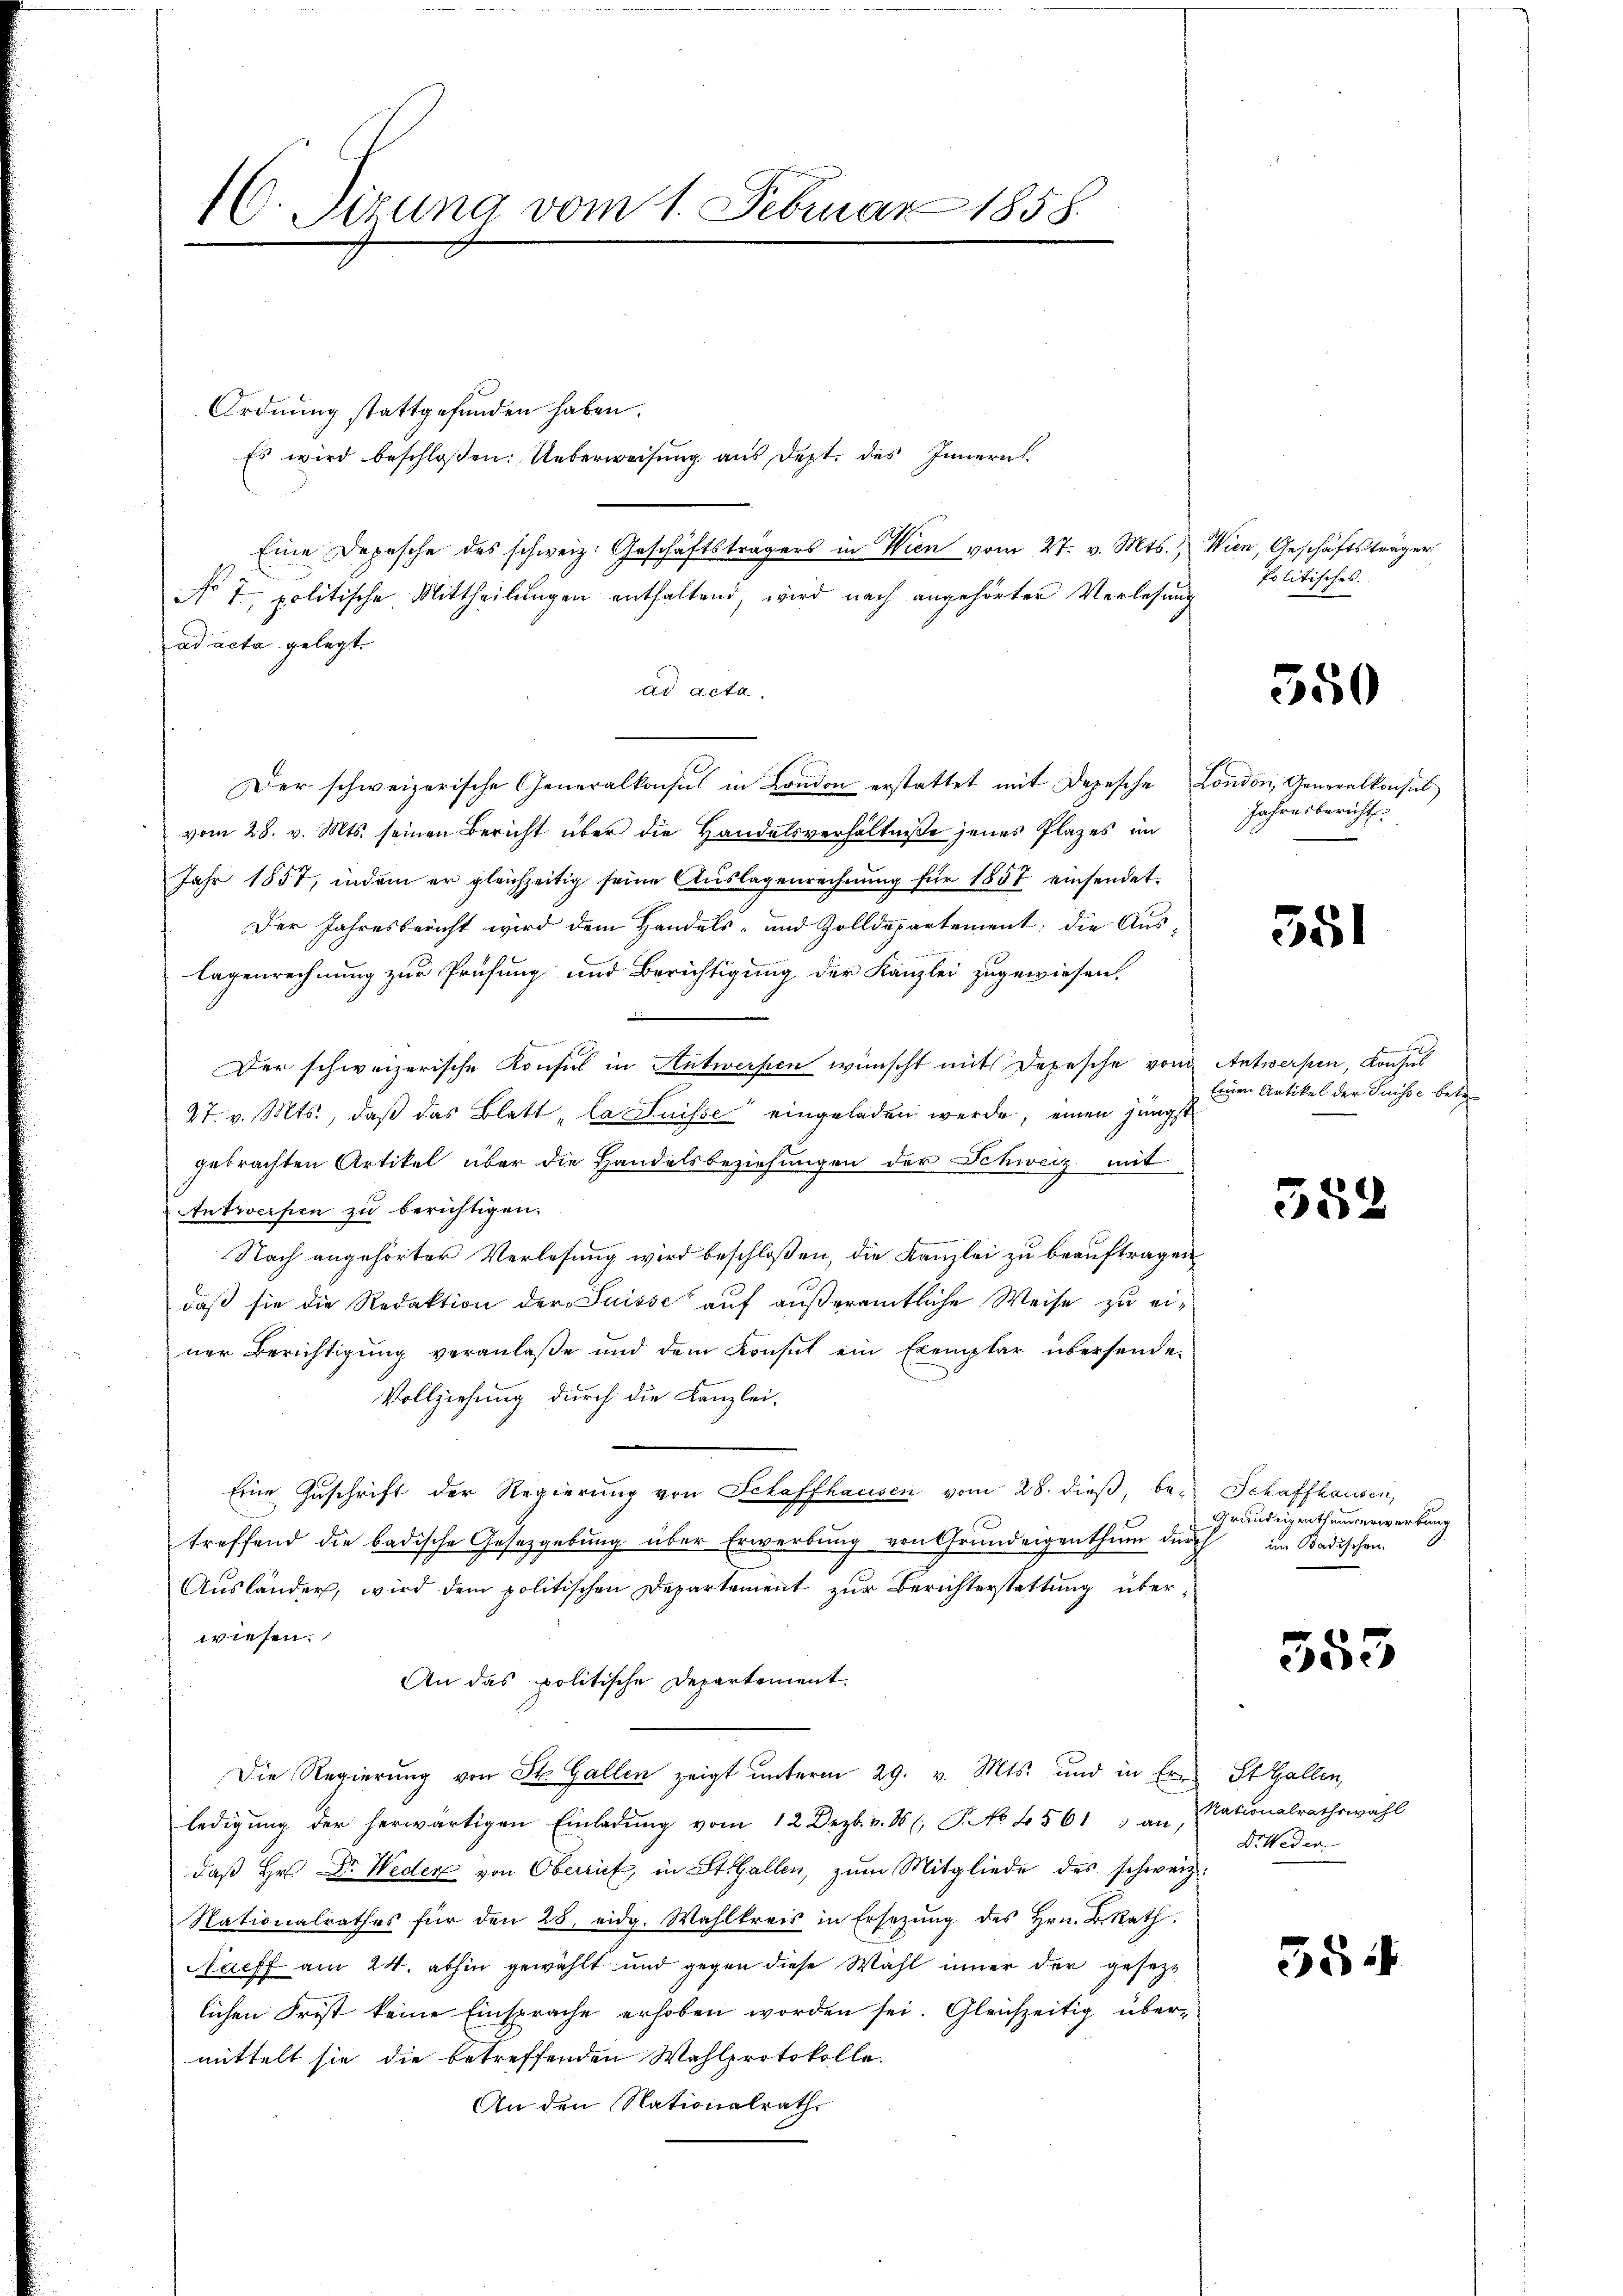
16. Sirung vom 1. Februar 1858.

Ordnung stattgefunden haben.
Es wird beschloßen: Ueberweisung aus Dept. des Innern
Eine Depesche des schweiz. Geschäftsträgers in Wien vom 27. v. Mts.,
No 7. politische Mittheilungen enthaltend, wird nach angehörter Verlesung
ad acta gelegt.
ad acta,
Der schweizerische Generalkonsus in London erstattet mit Depesche London, Generalkonsul
vom 28. v. Mts. seinen Bericht über die Handelsverhältniße jenes Platzes im
Jahr 1857, indem er gleichzeitig seine Aŭslagenrechnŭng für 1857 einsendet.
Der Jahresbericht wird dem Handels- und Zolldepartement; die Auslagenrechnung zur Prüfung und Berichtigung der Kanzlei zugewiesen.
Der schweizerische Konsul in Antwerfen wünscht mit Depesche von Antwerpen, Konsus
27. v. Mts., daß das Blatt „la Suisse eingeladen werde, einen jüngst
gebrachten Artikel über die Handelsbeziehungen der Schweiz mit
Antworfen zu berichtigen.
Nach angehörter Verlesung wird beschloßen, die Kanzlei zu beauftragen
daß sie die Redaktion der Suisse auf außeramtliche Weise zu einer Berichtigung veranlaße und dem Konsul ein Exemplar übersende-
Vollziehung durch die Kanzlei.
Eine Zŭschrift der Regierŭng von Schaffhausen vom 28. dieβ, be- Schaffhausen,
treffend die badische Gesetzgebung über Erwerbung von Grundeigenthum durch
Ausländer, wird dem politischen Departement zur Berichterstattung überwiesen.
An das politische Departement.
Die Regierŭng von St. Gallen zeigt ŭnterm 29. v. Mts. und in Ern St. Gallen,
ledigŭng der herwärtigen Einladŭng vom 12 Dezb. v. 8. P. No 4561) an, dationalrathswahl
daß Hr. Dr. Weder von Oberrief, in St. Gallen, zum Mitgliede des schweiz.
Nationalrathes für den 28. eidg. Wahlkreis in Ersetzŭng des Hrn. B. Rath
Naeff am 24. abhin gewählt und gegen diese Wahl inner der gesezlichen Frist keine Einsprache erhoben worden sei. Gleichzeitig übermittelt sie die betreffenden Wahlprotokolle.
An den Nationalrath

Wien, Geschäftsträger
Politisches.

550

Jahresbericht

351

Einen Artikel der Suisse betr.

552

Grundeigenthumserwerbung
im Badischen.

353

Dr. Weder

354